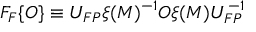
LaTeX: F _ { F } \{ O \} \equiv U _ { F P } \xi ( M ) ^ { - 1 } O \xi ( M ) U _ { F P } ^ { - 1 }